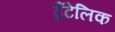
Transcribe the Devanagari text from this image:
ट्रैंटेलिक